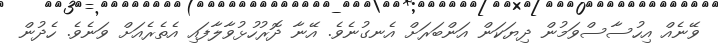
ވޭނެއް އިހުސާސްވަމުން ދިޔަކަން އަންބަރަށް އެނގުނެވެ. އޭނާ ދޮރުހުޅުވާލާފައި އެތެރެއަށް ވަނެވެ. ހެދުން